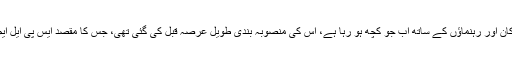
انہوں نے کہا: ’’سوڈان کے مختلف قصبوں اور دیہات میں ایس پی ایل ایم کے ارکان اور رہنماؤں کے ساتھ اب جو کچھ ہو رہا ہے، اس کی منصوبہ بندی طویل عرصہ قبل کی گئی تھی، جس کا مقصد ایس پی ایل ایم کو شمالی سوڈان میں بڑی قومی اور جمہوری طاقت کے طور پر ختم کرنا ہے۔